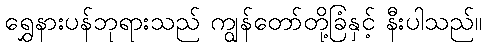
ရွှေနားပန်ဘုရားသည် ကျွန်တော်တို့ခြံနှင့် နီးပါသည်။